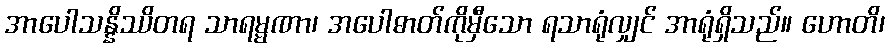
အာပေါသန္နိဿိတရ သာရမ္မဏာ၊ အပေါဓာတ်ကိုမှီသော ရသာရုံလျှင် အာရုံရှိသည်။ ဟောတိ၊